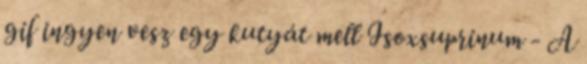
gif ingyen vesz egy kutyát mell Isoxsuprinum - A